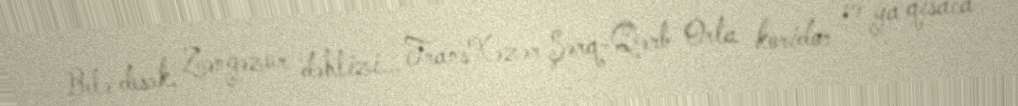
Belə desək, Zəngəzur dəhlizi... TransXəzər Şərq-Qərb Orta koridor və ya qısaca